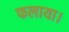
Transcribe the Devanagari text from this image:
फलाया।